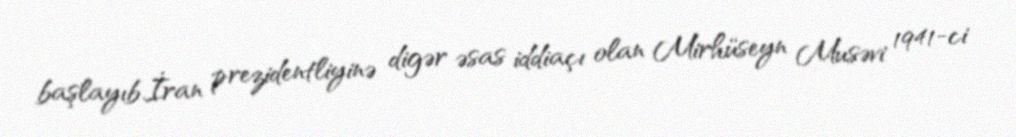
başlayıb.İran prezidentliyinə digər əsas iddiaçı olan Mirhüseyn Musəvi 1941-ci